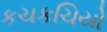
કચકચિયો